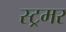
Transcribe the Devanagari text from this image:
स्ट्रमर